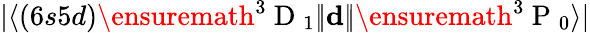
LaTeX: |\langle(6s5d)\ensuremath{{^3\mathrm{~D~}_{1}}}|\! |\mathbf{d}|\! |\ensuremath{{^3\mathrm{~P~}_{0}}}\rangle|